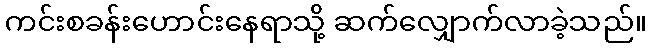
ကင်းစခန်းဟောင်းနေရာသို့ ဆက်လျှောက်လာခဲ့သည်။